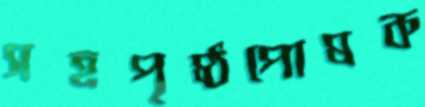
সহপৃষ্ঠপোষক